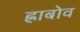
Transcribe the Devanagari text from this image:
ह्राबोव